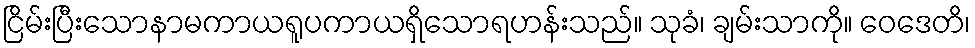
ငြိမ်းပြီးသောနာမကာယရူပကာယရှိသောရဟန်းသည်။ သုခံ၊ ချမ်းသာကို။ ဝေဒေတိ၊